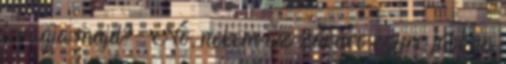
levágja majd? : No, nekem az zavaró egyre jobban